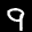
Label: 9